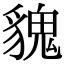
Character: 𩳏